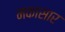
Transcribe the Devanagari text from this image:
मकासार